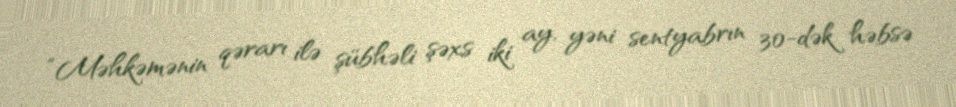
“Məhkəmənin qərarı ilə şübhəli şəxs iki ay, yəni sentyabrın 30-dək həbsə